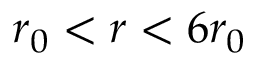
r _ { 0 } < r < 6 r _ { 0 }